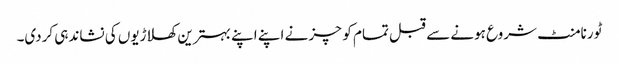
ٹورنامنٹ شروع ہونے سے قبل تمام کوچز نے اپنے اپنے بہترین کھلاڑیوں کی نشاندہی کردی۔